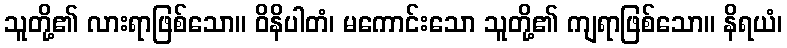
သူတို့၏ လားရာဖြစ်သော။ ဝိနိပါတံ၊ မကောင်းသော သူတို့၏ ကျရာဖြစ်သော။ နိရယံ၊